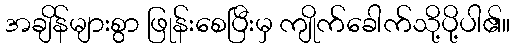
အချိန်များစွာ ဖြုန်းစေပြီးမှ ကျိုက်ခေါက်သို့ပို့ပါ၏။